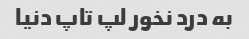
به درد نخور لپ تاپ دنیا